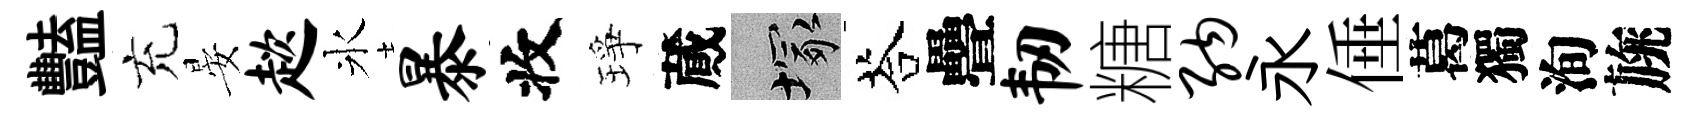
豔充晏趑氷暴收琤蕆塚荅疊韧糖纳永倕葛獨洵旐